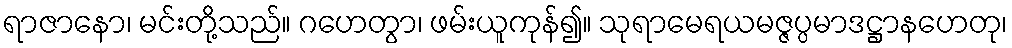
ရာဇာနော၊ မင်းတို့သည်။ ဂဟေတွာ၊ ဖမ်းယူကုန်၍။ သုရာမေရယမဇ္ဇပ္ပမာဒဋ္ဌာနဟေတု၊